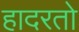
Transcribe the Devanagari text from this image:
हादरतो